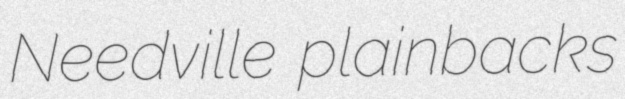
Needville plainbacks